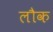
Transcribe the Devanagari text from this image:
लौक